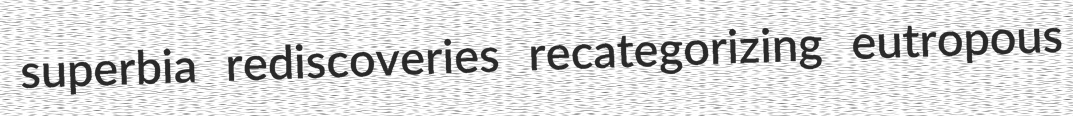
superbia rediscoveries recategorizing eutropous